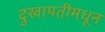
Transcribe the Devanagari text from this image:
दुखापतीमधून